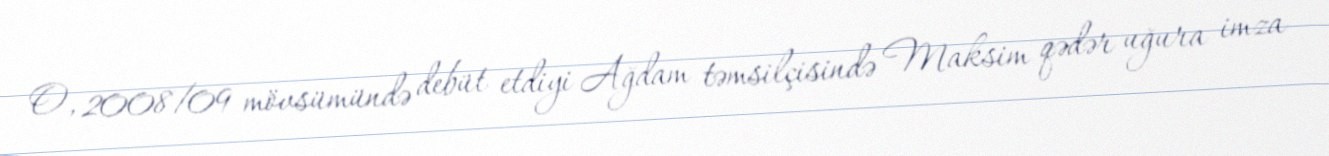
O, 2008/09 mövsümündə debüt etdiyi Ağdam təmsilçisində Maksim qədər uğura imza